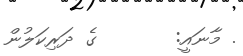
. މާނައީ:       ގެ ދަރިކަލުން